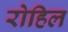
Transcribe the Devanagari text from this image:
रोहिल